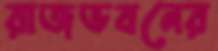
রাজভবনের